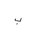
Letter: _ba